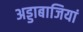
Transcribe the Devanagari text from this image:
अड्डाबाजियां